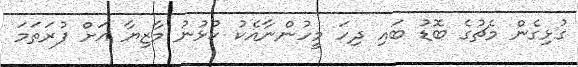
ގުޅިގެން މެޗުގެ ބޮޑު ބައި ދިހަ މީހުންނާއެކު ކުޅުނު މާޒިޔާ އަށް ފުރަތަމަ